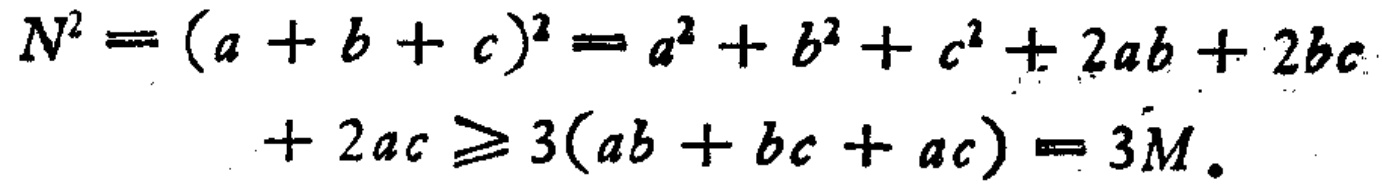
\[

\begin{align*}

N^{2}&=(a + b + c)^{2}=a^{2}+b^{2}+c^{2}+2ab + 2bc\\

&+ 2ac\geq3(ab + bc + ac)=3M.

\end{align*}

\]